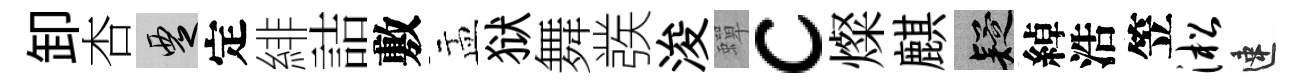
卸杏覂定緋詰敷盂狱舞彂浚蟬c燦麒疑綽浩笠淞速